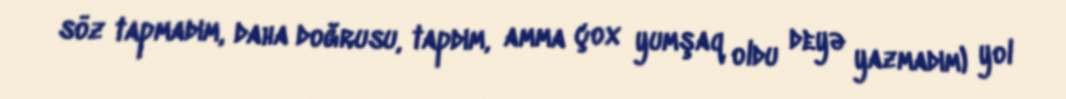
söz tapmadım, daha doğrusu, tapdım, amma çox yumşaq oldu deyə yazmadım) yol